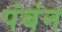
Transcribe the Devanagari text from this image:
पंबंन